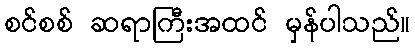
စင်စစ် ဆရာကြီးအထင် မှန်ပါသည်။